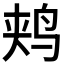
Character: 𫛥